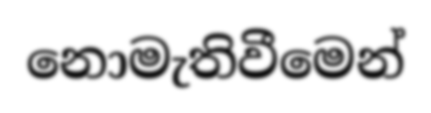
නොමැතිවීමෙන්